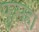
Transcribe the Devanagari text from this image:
फुसहा